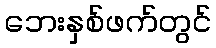
ဘေးနှစ်ဖက်တွင်